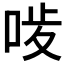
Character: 𠳰